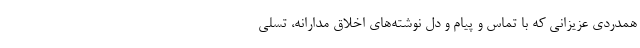
همدردی عزیزانی که با تماس و پیام و دل نوشته‌های اخلاق مدارانه، تسلی